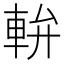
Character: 𨋒